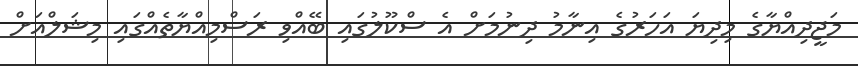
މަޖީދިއްޔާގެ މިދިޔަ އަހަރުގެ އިނާމު ދިނުމަށް އެ ސްކޫލުގައި ބޭއްވި ރަސްމިއްޔާތެއްގައި މިޝަލްއަށް